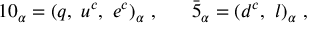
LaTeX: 1 0 _ { \alpha } = ( q , ~ u ^ { c } , ~ e ^ { c } ) _ { \alpha } ~ , ~ ~ ~ ~ ~ \bar { 5 } _ { \alpha } = ( d ^ { c } , ~ l ) _ { \alpha } ~ ,